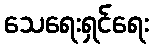
သေရေးရှင်ရေး